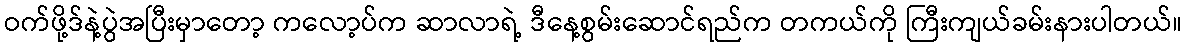
ဝက်ဖို့ဒ်နဲ့ပွဲအပြီးမှာတော့ ကလော့ပ်က ဆာလာရဲ့ ဒီနေ့စွမ်းဆောင်ရည်က တကယ်ကို ကြီးကျယ်ခမ်းနားပါတယ်။